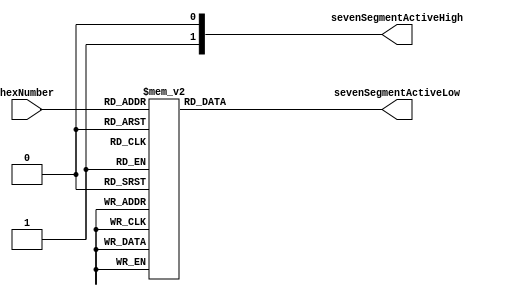
// Switch to Hex
module hexModule(

	input [3:0] hexNumber,
	output wire[6:0] sevenSegmentActiveLow, sevenSegmentActiveHigh
	
);

reg[6:0] sevenSegment;

always @ ( * ) begin
	case (hexNumber)
		4'b0000 : sevenSegment = 7'b1000000; // 0
		4'b0001 : sevenSegment = 7'b1111001; // 1
		4'b0010 : sevenSegment = 7'b0100100; // 2
		4'b0011 : sevenSegment = 7'b0110000; // 3
		4'b0100 : sevenSegment = 7'b0011001; // 4
		4'b0101 : sevenSegment = 7'b0010010; // 5
		4'b0110 : sevenSegment = 7'b0000010; // 6
		4'b0111 : sevenSegment = 7'b1111000; // 7
		4'b1000 : sevenSegment = 7'b0000000; // 8
		4'b1001 : sevenSegment = 7'b0010000; // 9
		4'b1010 : sevenSegment = 7'b0001000; // a
		4'b1011 : sevenSegment = 7'b0000011; // b
		4'b1100 : sevenSegment = 7'b1000110; // c
		4'b1101 : sevenSegment = 7'b0100001; // d
		4'b1110 : sevenSegment = 7'b0000110; // e
		default : sevenSegment = 7'b0001110; // f
	endcase;
end

assign sevenSegmentActiveLow = sevenSegment;

endmodule